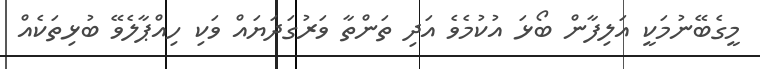
މީގެބޭނުމަކީ އަލިފާން ބޯޅަ އުކުމެވެ އަދި ތަންތާ ވަރުގަދަޔައް ވަކި ހިއްޕާލެވޭ ބުޅިތަކެއް